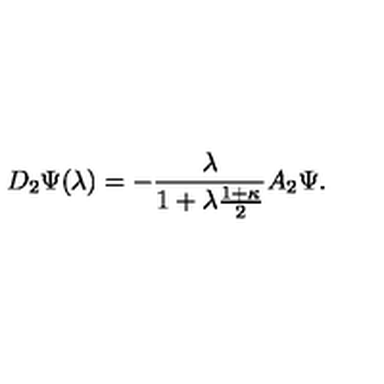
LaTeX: D _ { 2 } \Psi ( \lambda ) = - \frac { \lambda } { 1 + \lambda \frac { 1 + \kappa } { 2 } } A _ { 2 } \Psi .